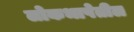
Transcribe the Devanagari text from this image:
लोकभाषेतील